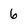
Character: 6